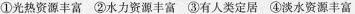
①光热资源丰富 ②水力资源丰富 ③有人类定居 ④淡水资源丰富